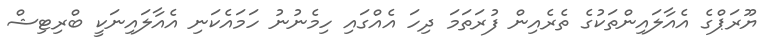
ޔޫރަޕްގެ އެއާލައިންތަކުގެ ތެރެއިން ފުރަތަމަ ދިހަ އެއްގައި ހިމެނުނު ހަމައެކަނި އެއާލައިނަކީ ބްރިޓިޝް